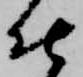
仕